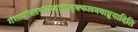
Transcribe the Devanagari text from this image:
गंगायांमरणंयादृक्तादृक्फलमवाप्नुयादिति